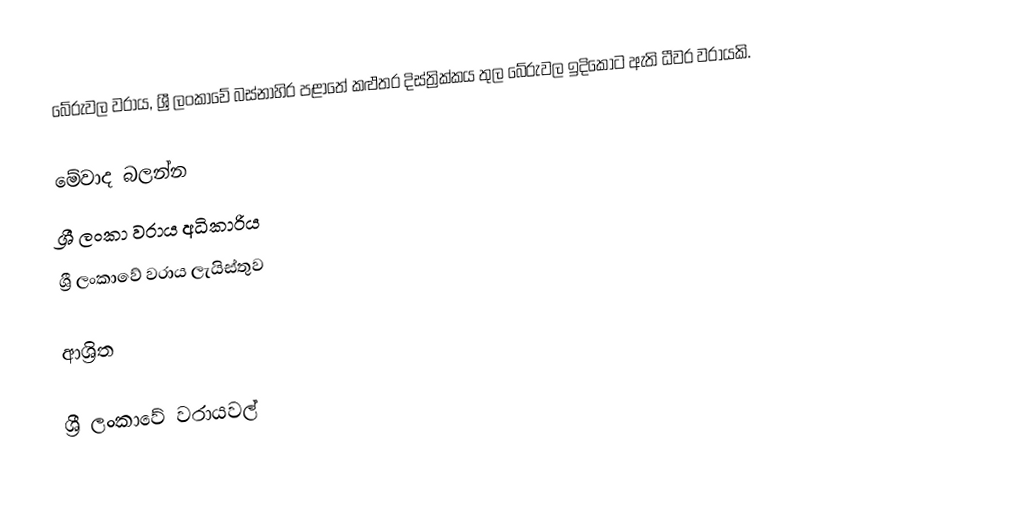
බේරුවල වරාය, ශ්‍රී ලංකාවේ බස්නාහිර පළාතේ කළුතර දිස්ත්‍රික්කය තුල බේරුවල ඉදිකොට ඇති ධීවර වරායකි.

මේවාද බලන්න
 ශ්‍රී ලංකා වරාය අධිකාරිය
 ශ්‍රී ලංකාවේ වරාය ලැයිස්තුව

ආශ්‍රිත

ශ්‍රී ලංකාවේ වරායවල්